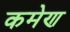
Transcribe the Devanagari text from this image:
कमेण